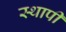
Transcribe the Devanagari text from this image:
स्थापी